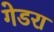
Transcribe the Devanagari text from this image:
गेडरा